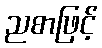
ညစာဖြင့်